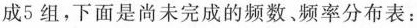
成5组，下面是尚未完成的频数、频率分布表：